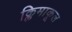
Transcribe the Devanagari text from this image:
क्लिमाकूल